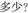
多少?